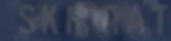
SKIGMAT